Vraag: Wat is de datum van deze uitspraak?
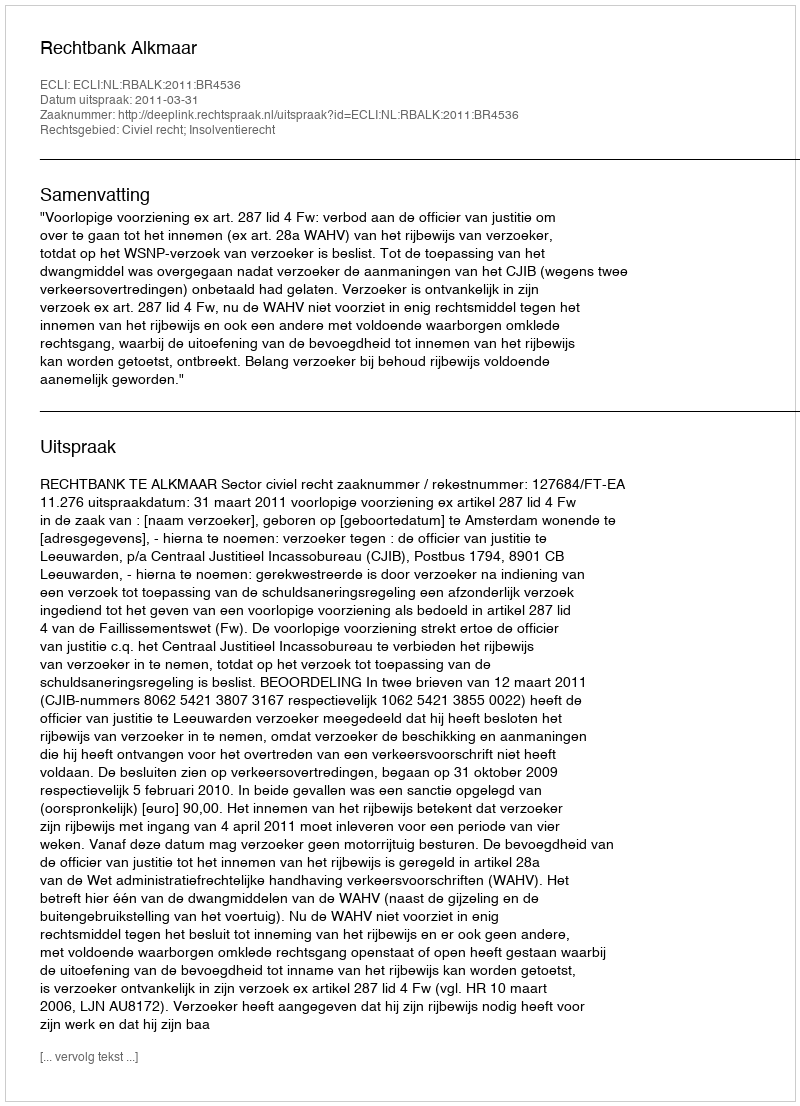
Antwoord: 2011-03-31